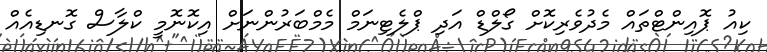
ކިއު ޕޮއިންޓްތައް މެދުވެރިކޮށް ގޯލްޑް އަދި ޕްލެޓިނަމް މެމްބަރުންނަށް އިކޮނޮމީ ކްލާސް ގޮނޑިއެއް